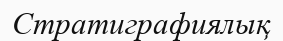
Стратиграфиялық